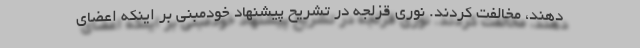
دهند، مخالفت کردند. نوری قزلجه در تشریح پیشنهاد خودمبنی بر اینکه اعضای